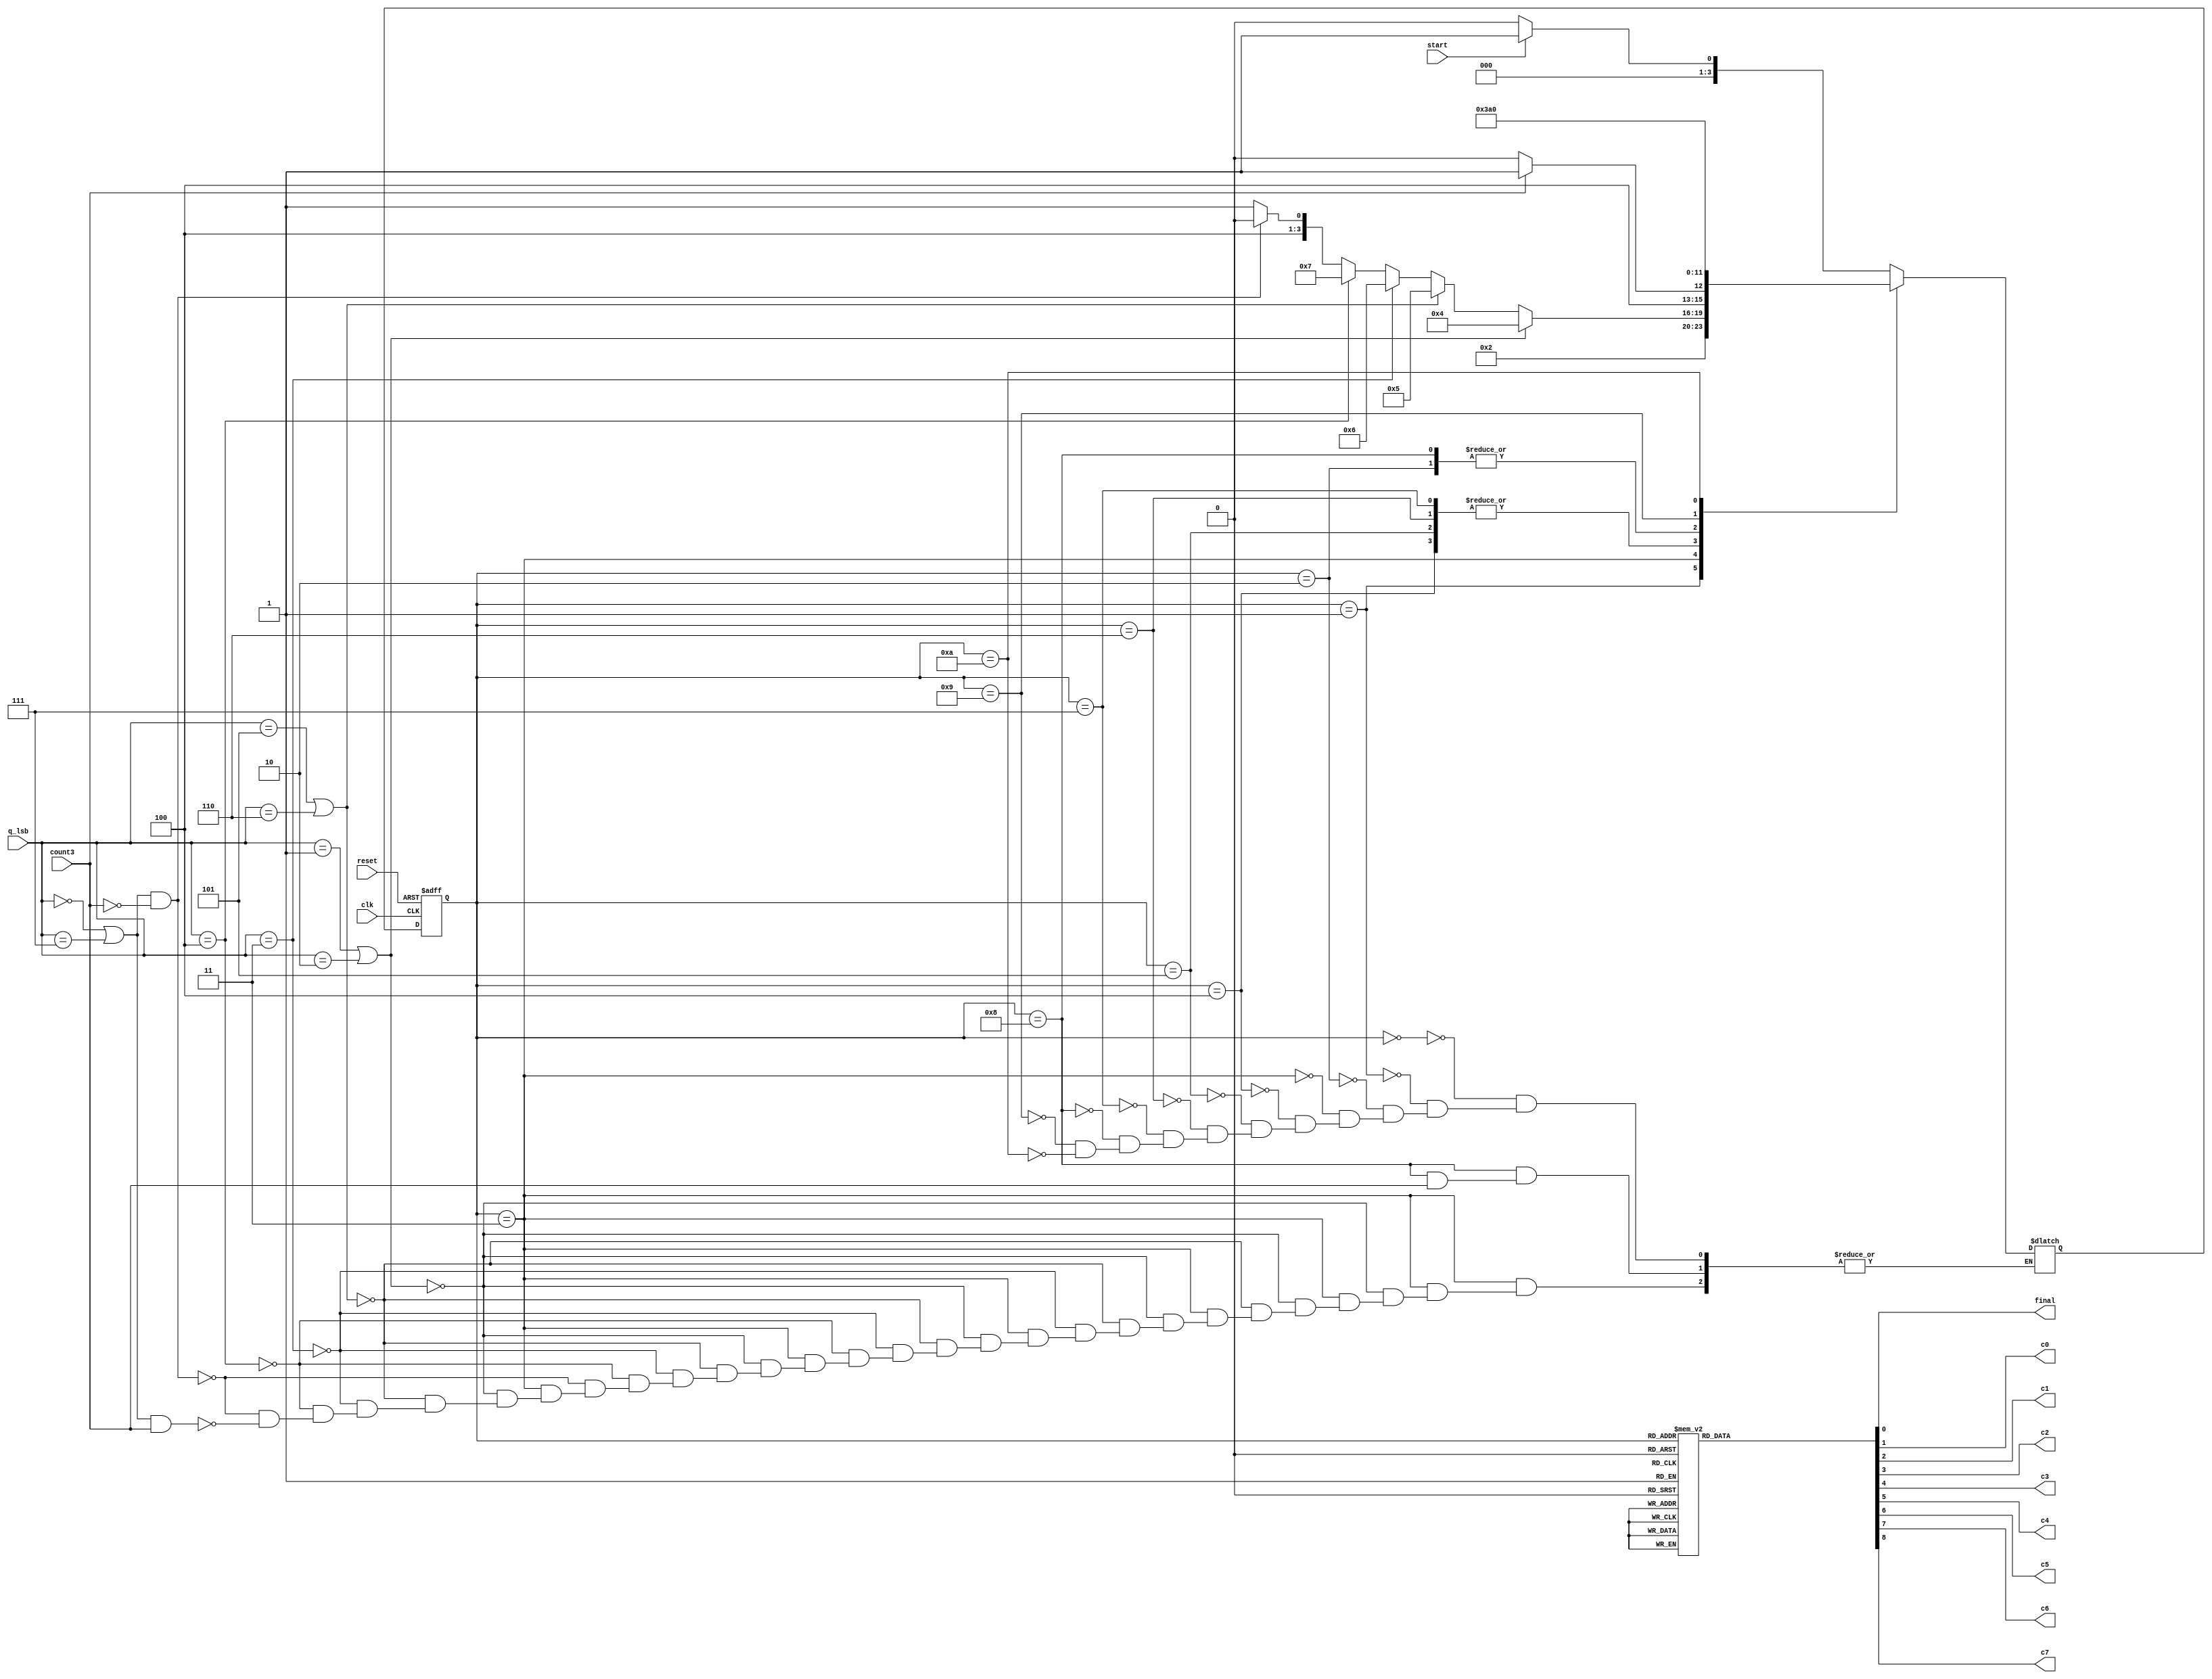
module control_unit (
  input clk, reset, start, 
  input [2:0]q_lsb,
  input count3, //asta e si intre bitii modulului de count
  output reg final,
  output reg c0, c1, c2, c3, c4, c5, c6, c7
);

localparam S0=4'd0;
localparam S1=4'd1;
localparam S2=4'd2;
localparam S3=4'd3;
localparam S4=4'd4;
localparam S5=4'd5;
localparam S6=4'd6;
localparam S7=4'd7;
localparam S8=4'd8;
localparam S9=4'd9;
localparam S10=4'd10;

reg[3:0]st;
reg[3:0]st_next;

always@(*) begin
  case(st)
    S0: if(!start) st_next=S0;
      else begin 
      st_next=S1;
      end
      
    S1: st_next=S2;
  
    S2: st_next=S3;
    
    S3: if(q_lsb==3'b001 || q_lsb==3'b010)
          st_next=S4;
      else if(q_lsb==3'b101 || q_lsb==3'b110)
             st_next=S5;
           else if(q_lsb==3'b011)
             st_next=S6;
                else if(q_lsb==3'b100)
                  st_next=S7;
                     else if((q_lsb==3'b000 || q_lsb==3'b111) && count3==0)
                          st_next=S8;
                          else if((q_lsb==3'b000 || q_lsb==3'b111) && count3==1)
                               st_next=S9;
   
      
     S4: if(count3==1)
          st_next=S9;
       else st_next=S8;
      
    S5:  if(count3==1)
          st_next=S9;
       else st_next=S8;
  
    S6:  if(count3==1)
          st_next=S9;
       else st_next=S8;
          
    S7:   if(count3==1)
          st_next=S9;
       else st_next=S8;
      
    
    S8: if(count3==0)
        st_next=S3;
        
    S9: st_next=S10;
    
    S10: st_next=S0;
            
endcase
end

//calculez iesirile adica semnalele de control
always@(*) begin
          final=0;
          c0 = 0;
          c1 = 0;
          c2 = 0;
          c3 = 0;
          c4 = 0;
          c5 = 0;
          c6 = 0;
          c7 = 0;
  case(st)
    S0: begin final=0;
          c0 = 0;
          c1 = 0;
          c2 = 0;
          c3 = 0;
          c4 = 0;
          c5 = 0;
          c6 = 0;
          c7 = 0;
        end
    S1: c0=1;
    
    S2: c1=1;
    
    S4: c2=1;
    S5:begin c2=1; c4=1; end
    S6: begin c2=1; c3=1; end
    S7: begin c2=1; c3=1; c4=1; end
    S8: c5=1; 
    S9: c6=1; 
    S10: begin c7=1; final=1; end //start=0?
    
endcase
end

  always@(posedge clk , negedge reset) begin
    if(!reset) st<=S0;
    else st<=st_next;
  end

endmodule